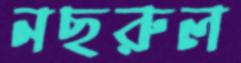
নছরুল